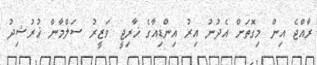
ރާއްޖެ އިން މިގޮތަށް އެދުނު އިރު އިންޑިއާގެ ޚާރިޖީ ވަޒީރު ސަލްމާން ޚުރުޝިދު